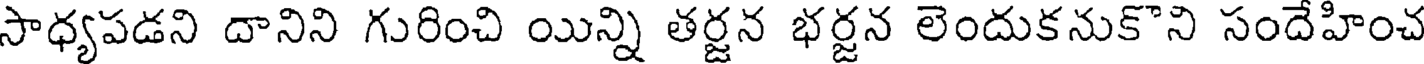
సాధ్యపడని దానిని గురించి యిన్ని తర్జన భర్జన లెందుకనుకొని సందేహించ